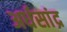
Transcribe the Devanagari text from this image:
अर्धसांद्र